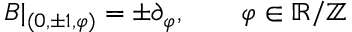
B | _ { ( 0 , \pm 1 , \varphi ) } = \pm \partial _ { \varphi } , \qquad \varphi \in \mathbb { R } / \mathbb { Z }